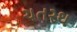
ચતરથ